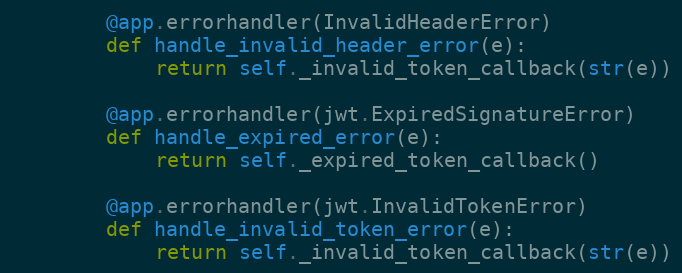
Language: Python
        @app.errorhandler(InvalidHeaderError)
        def handle_invalid_header_error(e):
            return self._invalid_token_callback(str(e))

        @app.errorhandler(jwt.ExpiredSignatureError)
        def handle_expired_error(e):
            return self._expired_token_callback()

        @app.errorhandler(jwt.InvalidTokenError)
        def handle_invalid_token_error(e):
            return self._invalid_token_callback(str(e))